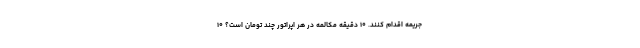
جریمه اقدام کنند. ۱۰ دقیقه مکالمه در هر اپراتور چند تومان است؟ ۱۰